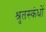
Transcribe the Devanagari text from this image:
श्रुतस्कंधों